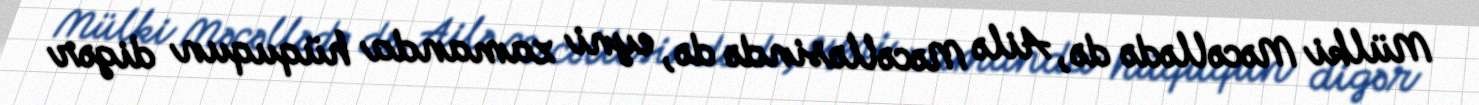
Mülki Məcəllədə də, Ailə Məcəlləsində də, eyni zamanda hüququn digər